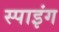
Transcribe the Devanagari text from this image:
स्पाइंग